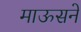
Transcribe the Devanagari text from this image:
माऊसने